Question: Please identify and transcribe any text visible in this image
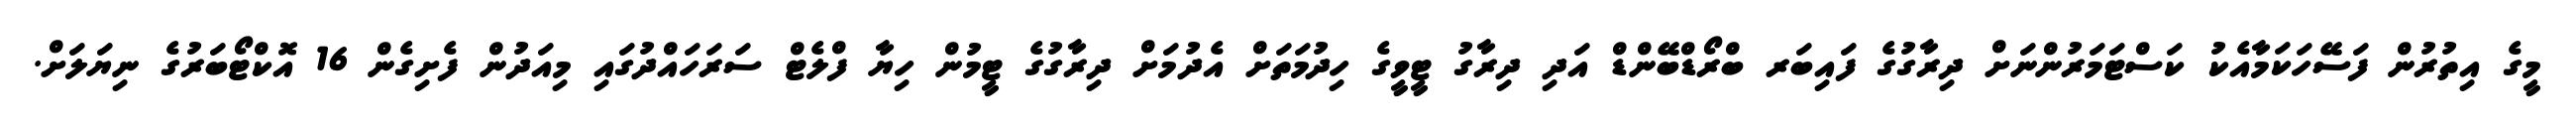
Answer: މީގެ އިތުރުން ފަސޭހަކަމާއެކު ކަސްޓަމަރުންނަށް ދިރާގުގެ ފައިބަރ ބްރޯޑްބޭންޑް އަދި ދިރާގު ޓީވީގެ ހިދުމަތަށް އެދުމަށް ދިރާގުގެ ޓީމުން ހިޔާ ފްލެޓް ސަރަހައްދުގައި މިއަދުން ފެށިގެން 16 އޮކްޓޯބަރުގެ ނިޔަލަށް.